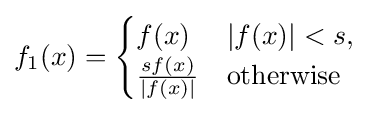
f_{1}(x)={\begin{cases}f(x)&|f(x)|<s,\\{\frac {sf(x)}{|f(x)|}}&{\text{otherwise}}\end{cases}}